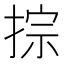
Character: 𢮱